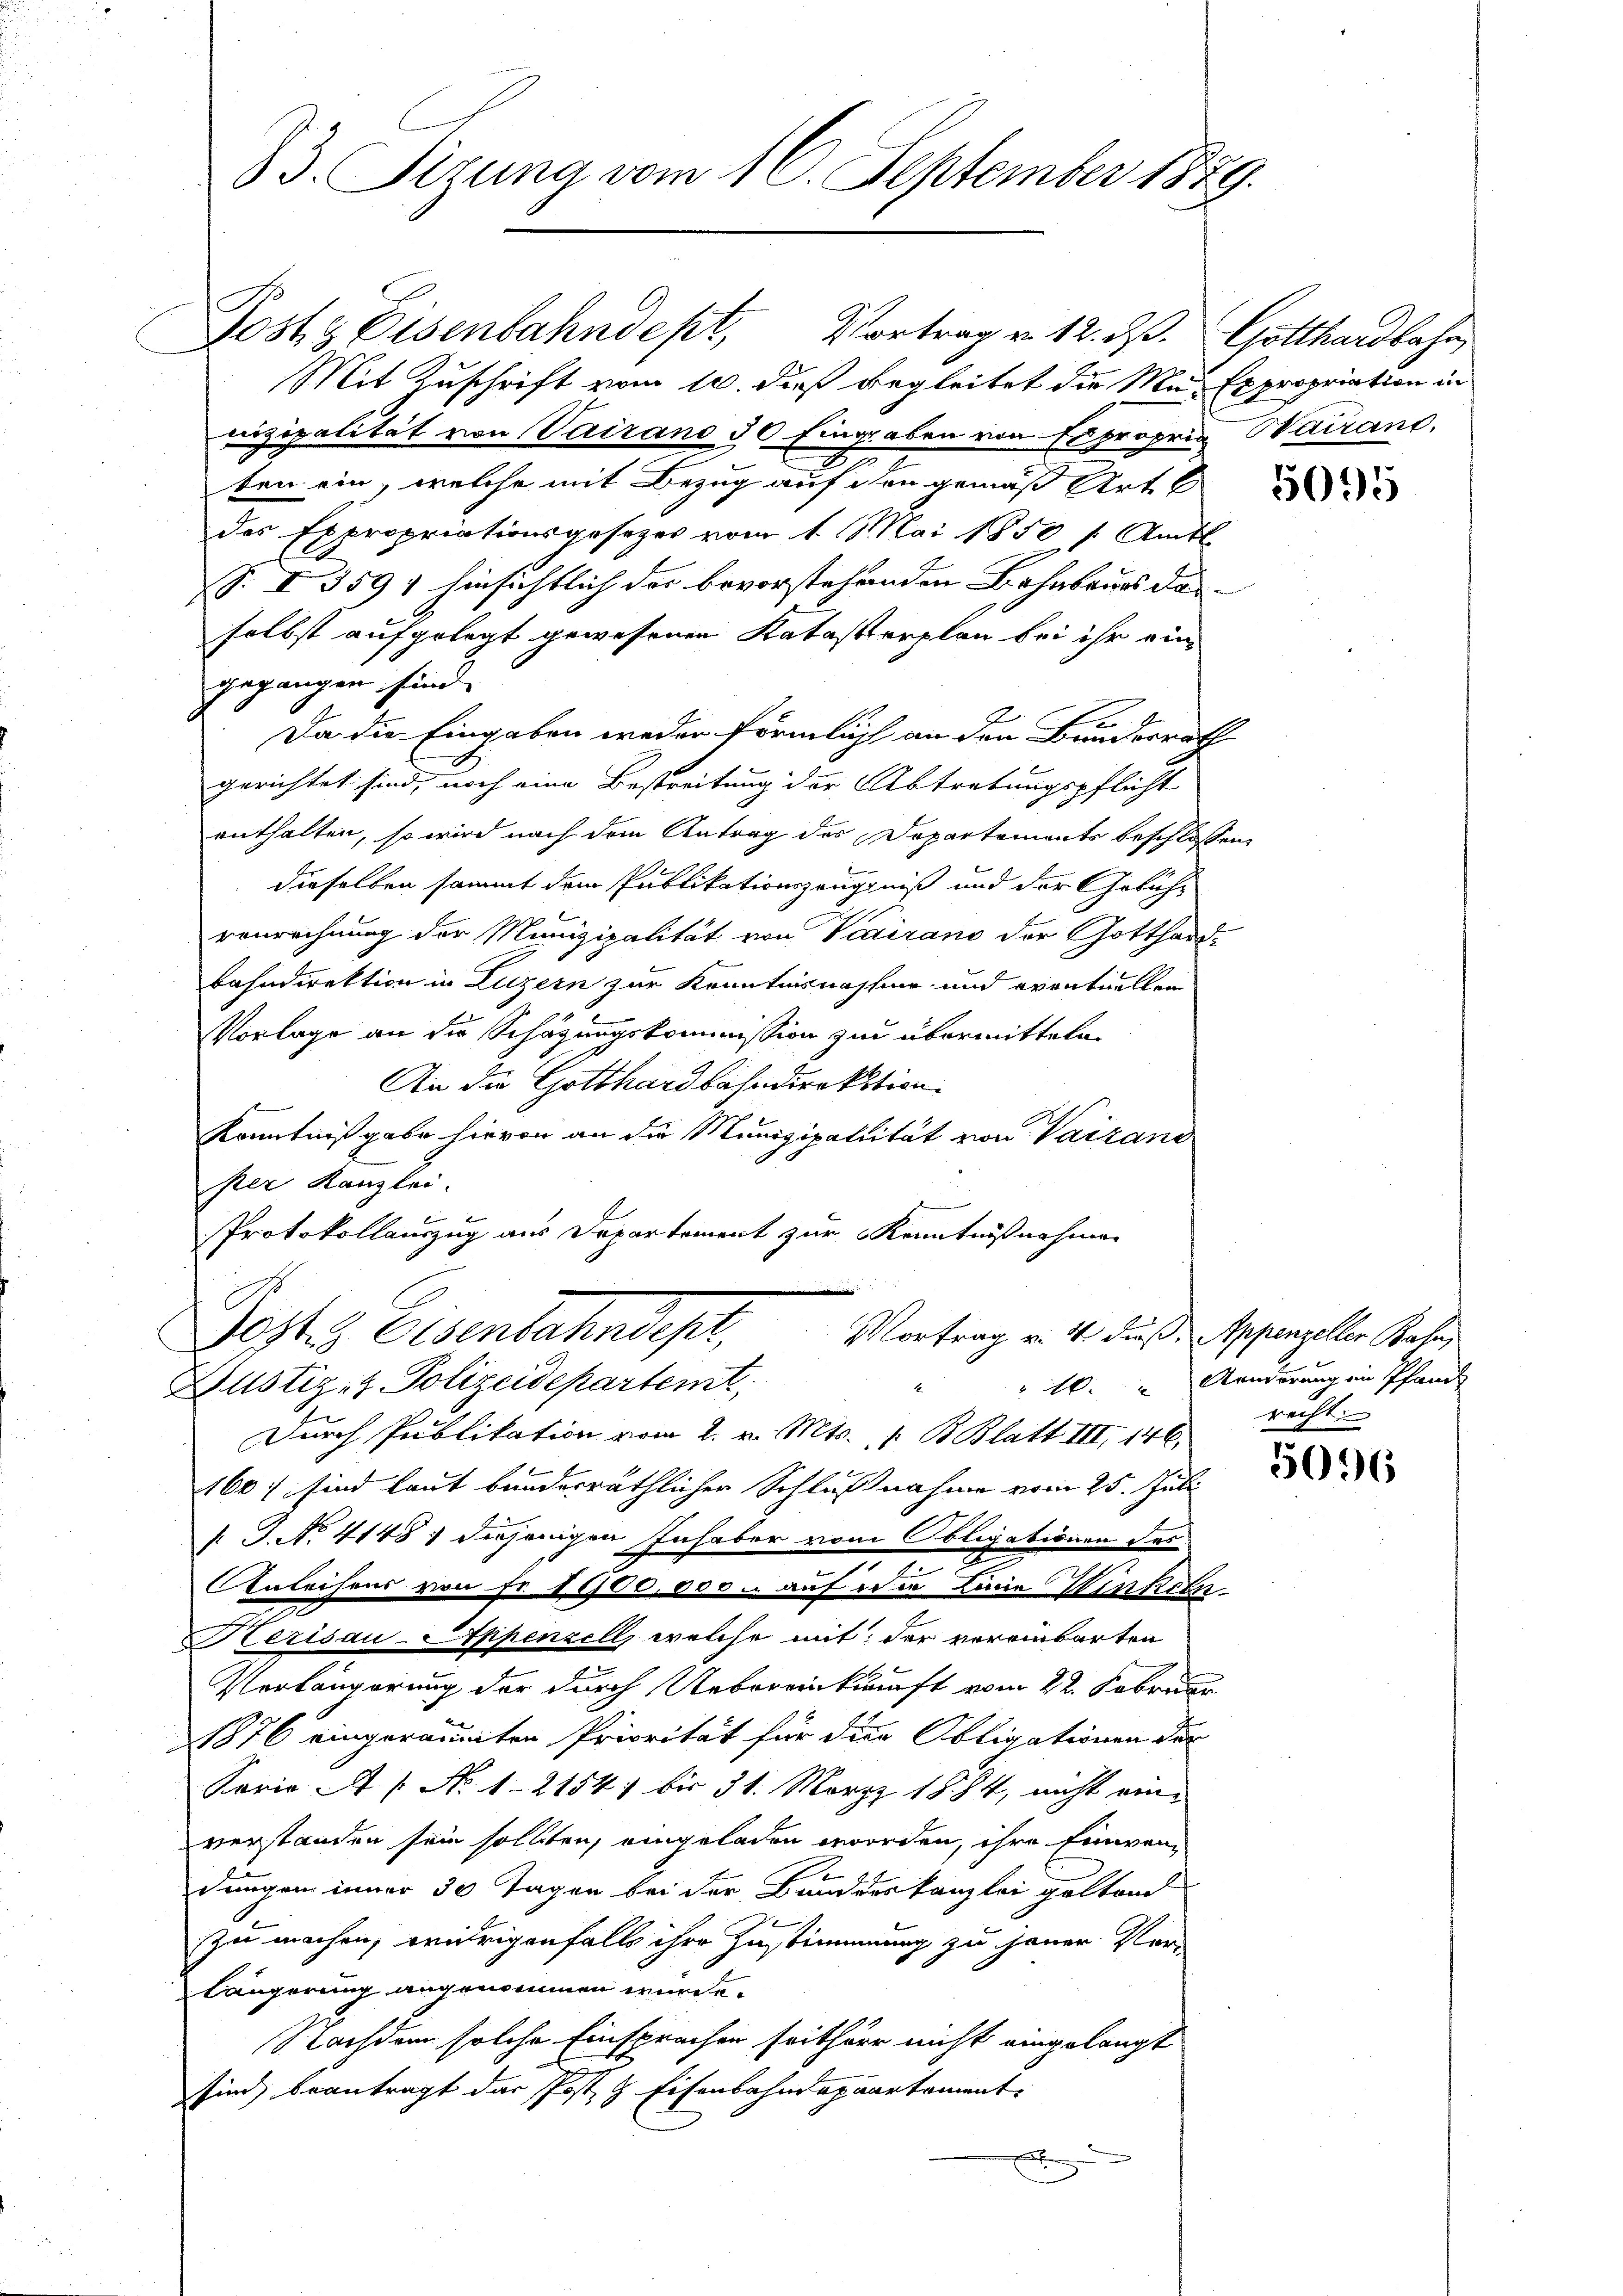
B. Sizung vom 16. September 1879.

Posts Eisenbahndept, Vortrag v. 12. d. Gotthardbahn
Mit Zuschrift vom 10. dieß begleitet die Mn Expropriation in
nizipalität von Vairano 30 Eingaben von a propris Wairand,
2
ben ein, welche mit Bezug auf ihr gemäß Art.
das Expropriationsgesetzes vom 1. Mai 1850 s. Amts
p. I 3591 hinsichtlich das bevorstehenden Bahnbaues darselbst aufgelegt gewesenen Katasterplan bei ihr ein
gegangen sind.
Da die Eingaben weder förmlich an den Bundesrath
gerichtet sind, noch eine Bestreitung der Abtretungspflicht
enthalten, so wird nach dem Antrag des Dopartements beschlossen,
dieselben sammt dem Publikationszeugniß und der Gebührenrechnung der Munizipalität von Viairano der Gotthard-
bahndirektion in Luzern zur Kenntnisnahme und eventuellen
Vorlage an die Schätzungskommission zu übermitteln
An die Gotthardbahndirektion.
Kenntnißgabe hievon an die Munizipalität von Vairand
per Kanzlei.
Protokollauszug aus Departement zur Kenntnißnahmen
2
Johte Eisenbahndepl,
Vortrag v. 4. Fuß, Appenzeller Bahn
Justiz- & Polizeidepartemt
Durch Publikation vom 2. v. Mts. v. B. Blatt III, 146.
160: sind laut bundesräthlicher Schlußnahme vom 25. Juli
. J. No. 4148) diejenigen Inhaber vom Obligationen des
Anleihens von Fr. 1100,000. auf die Linie Winkeln
Herisau-Appenzell, welche mit der voreinbarten
Vorlängerung der durch Uebereinkunft vom 22. Februar
1876 eingeräumten Priorität für die Obligationen der
Porio A  No 1-21541 bis 31. März 1884, nicht einverstanden sein sollten, eingeladen worden, ihre Einwen¬
.
dungen inner 30 Tagen bei der Bundeskanzlei geltend
zu machen, wehrigenfalls ihre Zustimmung zu jener Verlängerung angenommen würde.
Nachdem solche Einsprachen seithöre nicht eingelangt
sind beantragt das Post & Eisenbahndepaartement
x

5095

" Aenderung in Pfand
recht. |

5096